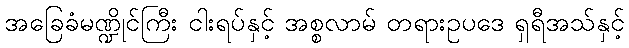
အခြေခံမဏ္ဍိုင်ကြီး ငါးရပ်နှင့် အစ္စလာမ် တရားဥပဒေ ရှရီအသ်နှင့်